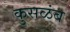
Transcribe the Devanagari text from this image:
कुसळंब